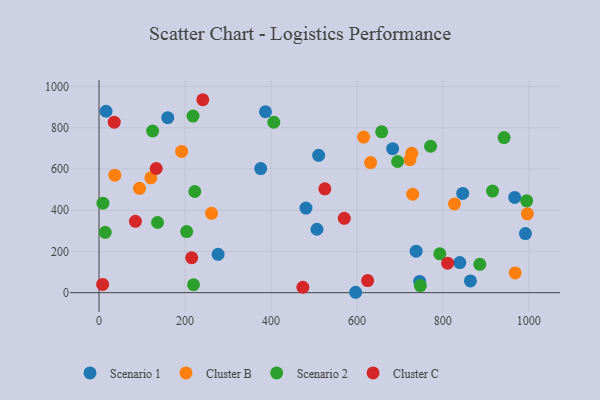
{"axis": {"x": "Study Hours", "y": "Rating"}, "legend": ["Cluster B", "Cluster C", "Scenario 1", "Scenario 2"], "data": [{"x": "277.1", "y": 185.9, "type": "Scenario 1"}, {"x": "159.9", "y": 849.3, "type": "Scenario 1"}, {"x": "967.2", "y": 462.4, "type": "Scenario 1"}, {"x": "746.0", "y": 54.8, "type": "Scenario 1"}, {"x": "376.2", "y": 602.6, "type": "Scenario 1"}, {"x": "597.1", "y": 1.9, "type": "Scenario 1"}, {"x": "839.5", "y": 146.3, "type": "Scenario 1"}, {"x": "16.3", "y": 880.7, "type": "Scenario 1"}, {"x": "481.5", "y": 410.6, "type": "Scenario 1"}, {"x": "683.2", "y": 698.8, "type": "Scenario 1"}, {"x": "864.2", "y": 57.1, "type": "Scenario 1"}, {"x": "737.8", "y": 201.5, "type": "Scenario 1"}, {"x": "846.2", "y": 481.6, "type": "Scenario 1"}, {"x": "511.0", "y": 666.7, "type": "Scenario 1"}, {"x": "387.3", "y": 878.3, "type": "Scenario 1"}, {"x": "507.1", "y": 307.9, "type": "Scenario 1"}, {"x": "992.2", "y": 286.8, "type": "Scenario 1"}, {"x": "827.0", "y": 430.7, "type": "Cluster B"}, {"x": "36.8", "y": 570.4, "type": "Cluster B"}, {"x": "615.6", "y": 755.5, "type": "Cluster B"}, {"x": "261.8", "y": 385.3, "type": "Cluster B"}, {"x": "631.9", "y": 631.3, "type": "Cluster B"}, {"x": "729.8", "y": 477.7, "type": "Cluster B"}, {"x": "120.6", "y": 557.5, "type": "Cluster B"}, {"x": "192.2", "y": 685.7, "type": "Cluster B"}, {"x": "727.7", "y": 676.6, "type": "Cluster B"}, {"x": "723.4", "y": 645.2, "type": "Cluster B"}, {"x": "996.7", "y": 382.5, "type": "Cluster B"}, {"x": "94.2", "y": 506.4, "type": "Cluster B"}, {"x": "968.3", "y": 95.8, "type": "Cluster B"}, {"x": "218.7", "y": 857.4, "type": "Scenario 2"}, {"x": "136.2", "y": 340.5, "type": "Scenario 2"}, {"x": "9.1", "y": 434.2, "type": "Scenario 2"}, {"x": "406.7", "y": 827.3, "type": "Scenario 2"}, {"x": "747.7", "y": 34.2, "type": "Scenario 2"}, {"x": "124.8", "y": 784.9, "type": "Scenario 2"}, {"x": "222.8", "y": 491.1, "type": "Scenario 2"}, {"x": "942.5", "y": 753.1, "type": "Scenario 2"}, {"x": "915.6", "y": 493.3, "type": "Scenario 2"}, {"x": "657.7", "y": 780.6, "type": "Scenario 2"}, {"x": "792.9", "y": 188.5, "type": "Scenario 2"}, {"x": "995.1", "y": 446.0, "type": "Scenario 2"}, {"x": "886.0", "y": 137.4, "type": "Scenario 2"}, {"x": "204.0", "y": 296.6, "type": "Scenario 2"}, {"x": "14.5", "y": 293.1, "type": "Scenario 2"}, {"x": "219.9", "y": 38.4, "type": "Scenario 2"}, {"x": "694.8", "y": 636.8, "type": "Scenario 2"}, {"x": "771.5", "y": 710.8, "type": "Scenario 2"}, {"x": "811.3", "y": 143.2, "type": "Cluster C"}, {"x": "625.0", "y": 58.6, "type": "Cluster C"}, {"x": "35.4", "y": 827.4, "type": "Cluster C"}, {"x": "525.4", "y": 504.0, "type": "Cluster C"}, {"x": "474.3", "y": 26.3, "type": "Cluster C"}, {"x": "570.7", "y": 360.8, "type": "Cluster C"}, {"x": "84.7", "y": 346.3, "type": "Cluster C"}, {"x": "8.4", "y": 40.2, "type": "Cluster C"}, {"x": "241.5", "y": 936.6, "type": "Cluster C"}, {"x": "215.6", "y": 169.6, "type": "Cluster C"}, {"x": "133.1", "y": 602.8, "type": "Cluster C"}]}